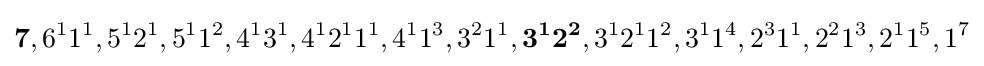
\mathbf {7} ,6^{1}1^{1},5^{1}2^{1},5^{1}1^{2},4^{1}3^{1},4^{1}2^{1}1^{1},4^{1}1^{3},3^{2}1^{1},\mathbf {3^{1}2^{2}} ,3^{1}2^{1}1^{2},3^{1}1^{4},2^{3}1^{1},2^{2}1^{3},2^{1}1^{5},1^{7}